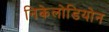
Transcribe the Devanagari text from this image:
निकेलोडियोन